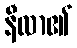
နီလာ၏